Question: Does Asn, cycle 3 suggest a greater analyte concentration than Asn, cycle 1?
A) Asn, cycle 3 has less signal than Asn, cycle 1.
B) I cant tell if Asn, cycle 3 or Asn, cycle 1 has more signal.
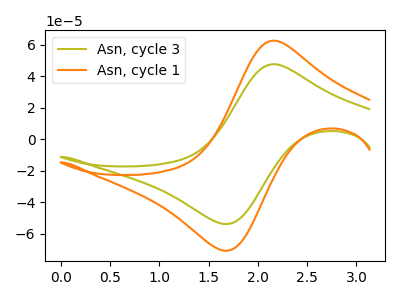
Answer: <think>The olive curve "Asn, cycle 3" has an anodic peak at (2.15V, 47.60uA) and a cathodic peak at (1.65V, -53.85uA). The orange curve "Asn, cycle 1" has an anodic peak at (2.15V, 62.55uA) and a cathodic peak at (1.65V, -70.80uA).
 All the peaks in "Asn, cycle 3" have a peak in "Asn, cycle 1" at the same potential. Every peak in "Asn, cycle 3" is lower than every peak in "Asn, cycle 1".</think>
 <answer>A) "Asn, cycle 3" has less signal than "Asn, cycle 1".</answer>
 <eval>A</eval>